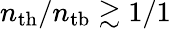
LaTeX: n_{\mathrm{th}}/n_{\mathrm{tb}}\gtrsim 1/1